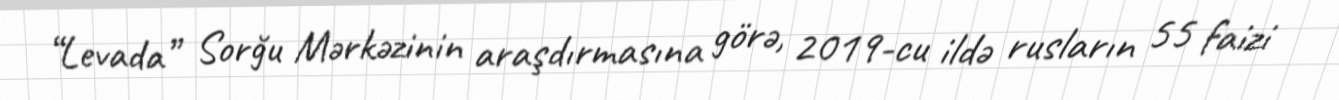
“Levada” Sorğu Mərkəzinin araşdırmasına görə, 2019-cu ildə rusların 55 faizi